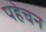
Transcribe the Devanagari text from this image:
पहेचन